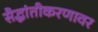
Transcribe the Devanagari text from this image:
सैद्धांतीकरणावर